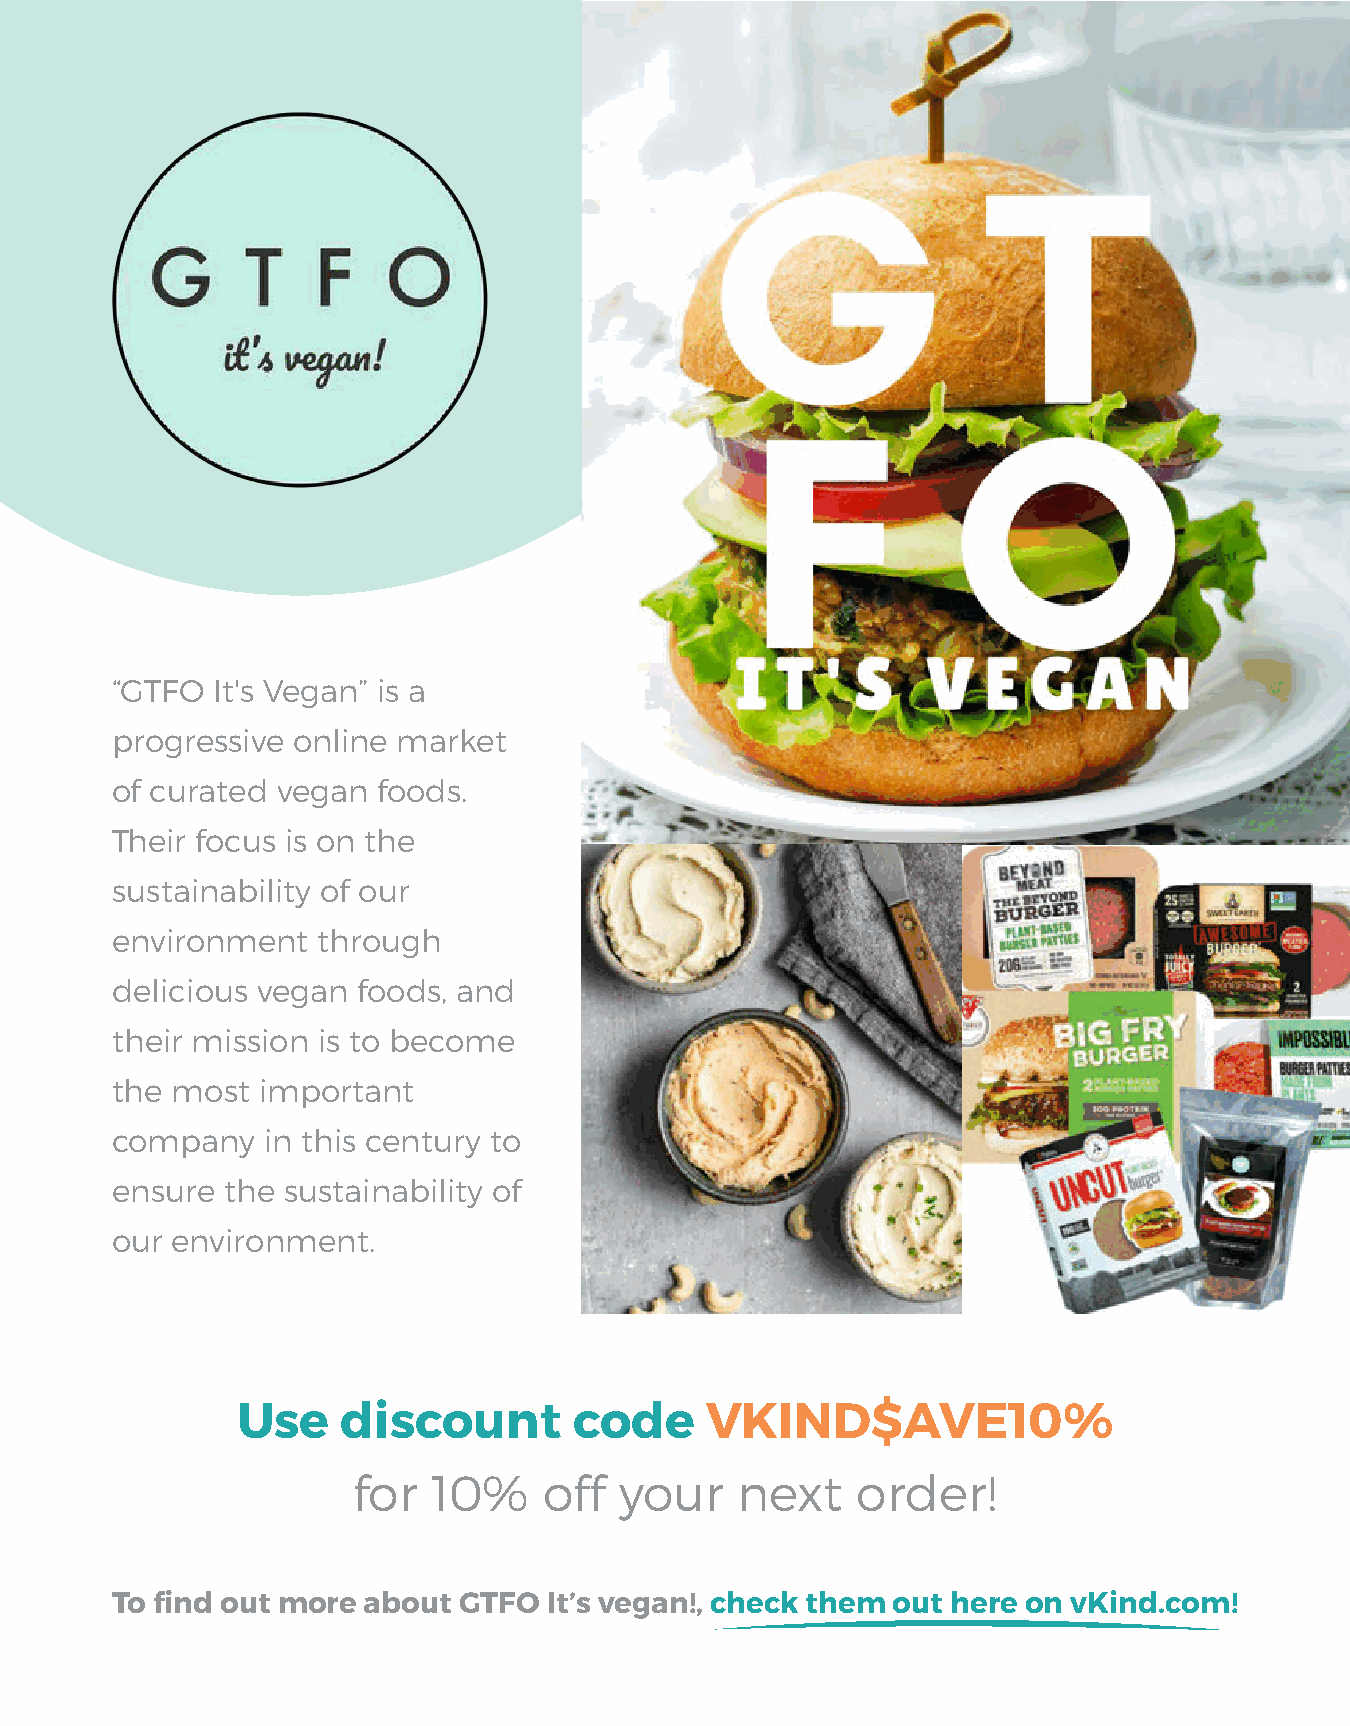
“GTFO  It's Vegan” is a
 progressive online market
 of curated vegan  foods.
 Their focus is on the
 sustainability of our
 environment   through
 delicious vegan  foods, and
 their mission is to become
 the most  important
 company   in this century to
 ensure  the sustainability of
 our environment.
 Use    discount       code     VKIND$AVE10%
 for   10%    off  your    next    order!
 To find out more about GTFO  It’s vegan!, check them out here on vKind.com!